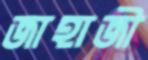
জাহাজী